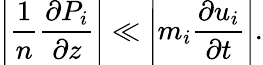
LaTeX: \left|\frac{1}{n}\frac{\partial P_{i}}{\partial z}\right|\ll\left|m_{i}\frac{\partial u_{i}}{\partial t}\right|.